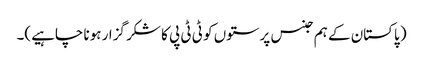
( پاکستان کے ہم جنس پرستوں کو ٹی ٹی پی کا شکر گزار ہونا چاہیے)۔